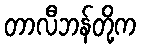
တာလီဘန်တို့က